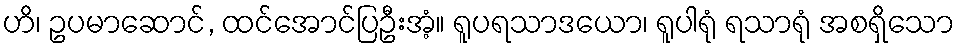
ဟိ၊ ဥပမာဆောင်, ထင်အောင်ပြဦးအံ့။ ရူပရသာဒယော၊ ရူပါရုံ ရသာရုံ အစရှိသော